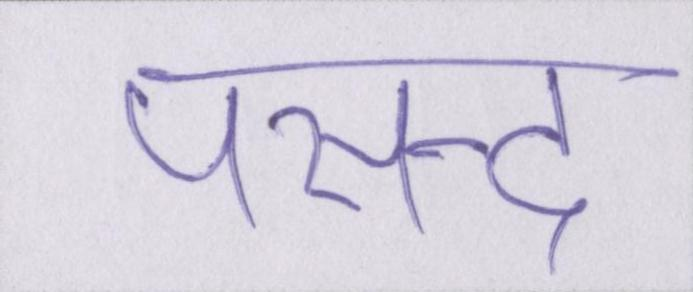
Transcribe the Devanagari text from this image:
पसन्द